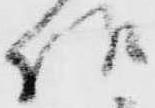
様